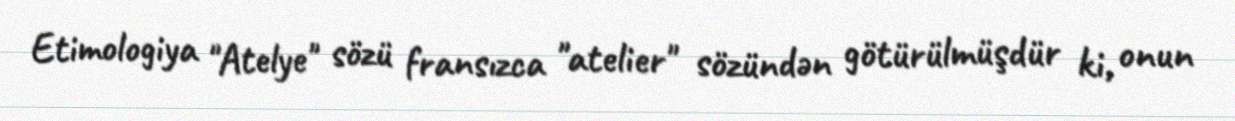
Etimologiya "Atelye" sözü fransızca "atelier" sözündən götürülmüşdür ki, onun